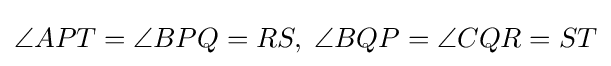
\angle APT=\angle BPQ=RS,\;\angle BQP=\angle CQR=ST